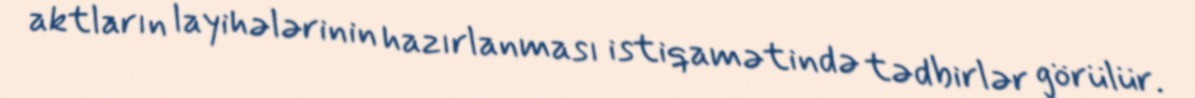
aktların layihələrinin hazırlanması istiqamətində tədbirlər görülür.